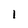
Character: l